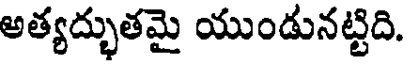
అత్యద్భుతమై యుండునట్టిది.